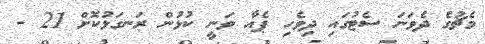
މެޗުގެ ދެވަނަ ސެޓުގައި ދިވެހި ޕެއާ ވަނީ ކުޅުން ރަނގަޅުކޮށް 21 -